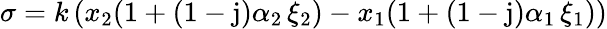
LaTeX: \sigma=k\left(x_{2}(1+(1-\mathrm{j})\alpha_{2}\, \xi_{2})-x_{1}(1+(1-\mathrm{j})\alpha_{1}\, \xi_{1})\right)